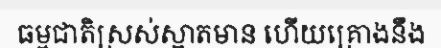
ធម្មជាតិស្រស់ស្អាតមាន ហើយគ្រោងនឹង